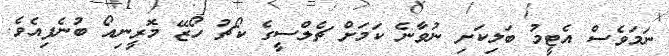
ނަމަވެސް އެޓީމު ބަލިކަށި ނުވާނެ ކަމަށް ޗެލްސީގެ ކޯޗު ހޯޒޭ މޮރީނިއޯ ބުނެފިއެވެ.